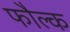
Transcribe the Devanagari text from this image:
फौल्क